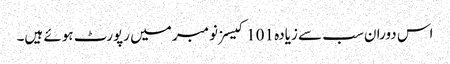
اس دوران سب سے زیادہ 101 کیسز نومبر میں رپورٹ ہوئے ہیں۔